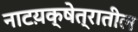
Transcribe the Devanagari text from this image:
नाटय़क्षेत्रातील